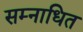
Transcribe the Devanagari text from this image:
सम्नाधित